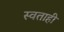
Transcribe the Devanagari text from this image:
स्वताही